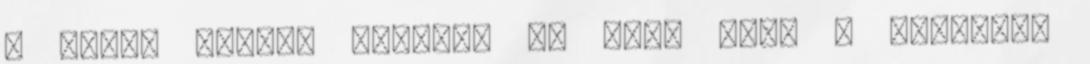
a 64-es főúton Közélet 80 éves lett a rendező,